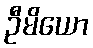
ဦမိယော